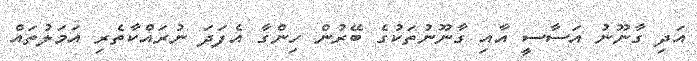
އަދި ގާނޫނު އަސާސީ އާއި ގާނޫނުތަކުގެ ބޭރުން ހިންގާ އެފަދަ ނުރައްކާތެރި އަމަލުތައް